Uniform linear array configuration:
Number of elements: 24
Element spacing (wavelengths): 0.25
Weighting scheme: blackman
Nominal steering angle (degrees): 15
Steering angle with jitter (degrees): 16.807
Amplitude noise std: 0.05
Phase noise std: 0.05

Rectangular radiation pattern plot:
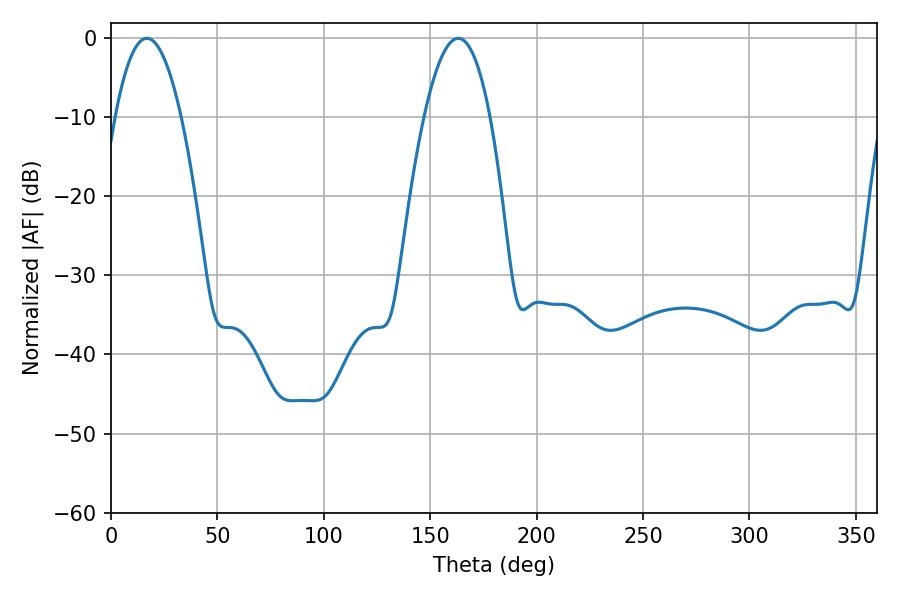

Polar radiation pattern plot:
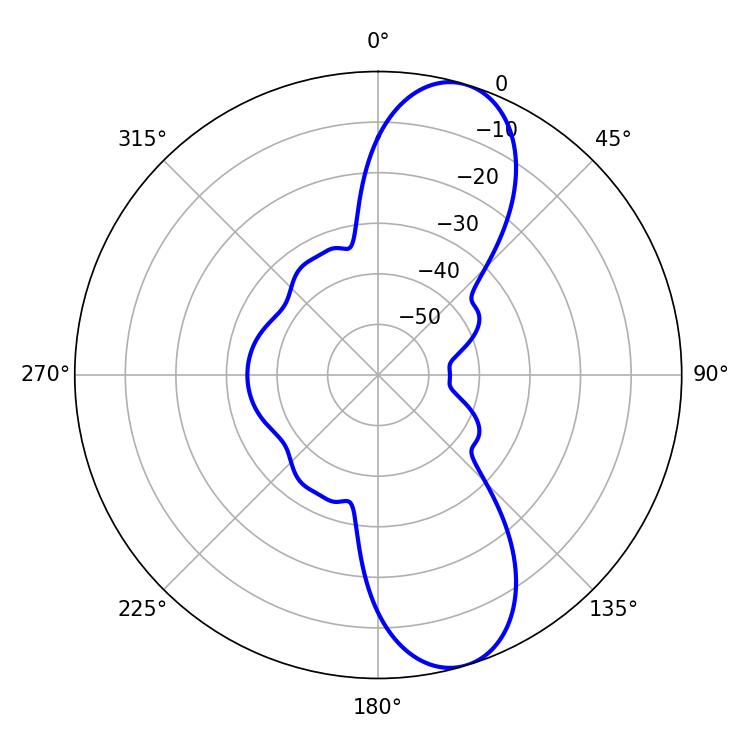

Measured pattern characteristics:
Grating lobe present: FALSE
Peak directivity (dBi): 10.292
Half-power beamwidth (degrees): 17.1
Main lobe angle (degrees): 16.92